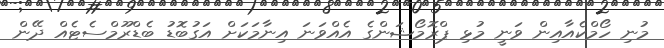
މުނި ހޯމްކެއާއިން ވަނީ މުޅި ޕްރޮމޯޝަންގެ އެއްވަނަ އިނާމަކަށް އަގުބޮޑު ބެޑްރޫމްސެޓެއް ދޭން